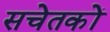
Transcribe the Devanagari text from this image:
सचेतकों